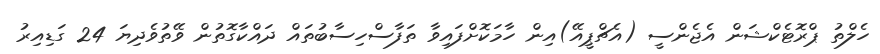
ހެލްތު ޕްރޮޓެކްޝަން އެޖެންސީ (އެޗްޕީއޭ)އިން ހާމަކޮށްފައިވާ ތަފާސްހިސާބުތައް ދައްކާގޮތުން ވޭތުވެދިޔަ 24 ގަޑިއިރު